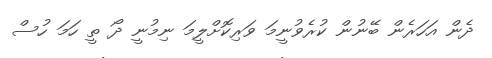
ދެން އަހަރެން ބޭނުން ކުރެވުނީމަ ވަރިކޮށްލީމަ ނިމުނީ ދޯ ތީ ހަމަ ހުސް